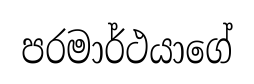
පරමාර්ථයාගේ